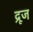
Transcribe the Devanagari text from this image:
द्रूज